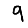
Digit: 9